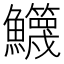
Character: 𩽣